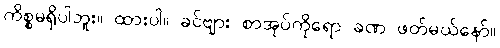
ကိစ္စမရှိပါဘူး။ ထားပါ။ ခင်ဗျား စာအုပ်ကိုရော ခဏ ဖတ်မယ်နော်။